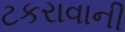
ટકરાવાની